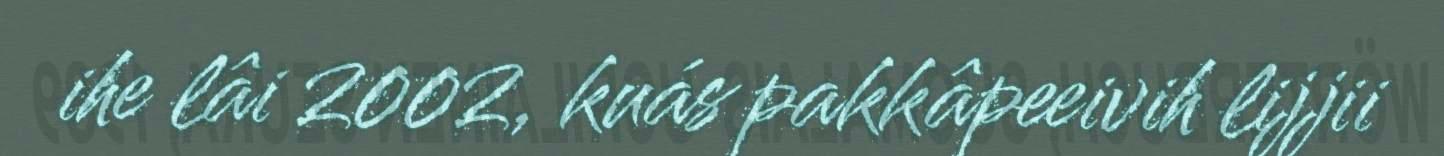
ihe lâi 2002, kuás pakkâpeeivih lijjii